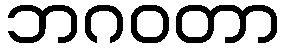
ဘဂဝတာ